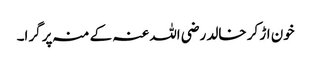
خون اڑ کر خالد رضی اللہ عنہ کے منہ پر گرا۔